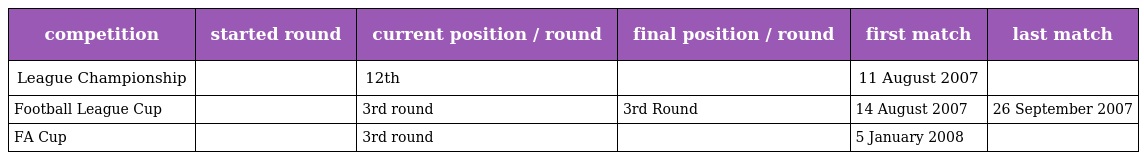
| competition | started round | current position / round | final position / round | first match | last match |
 | --- | --- | --- | --- | --- | --- |
 | League Championship |  | 12th |  | 11 August 2007 |  |
 | Football League Cup |  | 3rd round | 3rd Round | 14 August 2007 | 26 September 2007 |
 | FA Cup |  | 3rd round |  | 5 January 2008 |  |